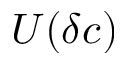
U ( \delta c )